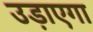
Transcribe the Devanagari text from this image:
उड़ाएगा